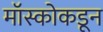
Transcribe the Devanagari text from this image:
मॉस्कोकडून